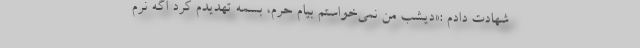
شهادت دادم :«دیشب من نمی‌خواستم بیام حرم، بسمه تهدیدم کرد اگه نرم